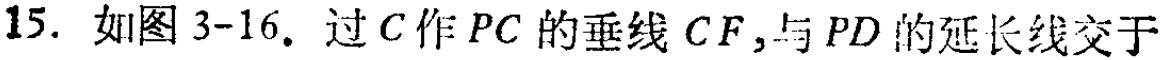
15. 如图3-16. 过\(C\)作\(PC\)的垂线\(CF\)，与\(PD\)的延长线交于